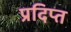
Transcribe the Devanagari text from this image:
प्रदिप्त